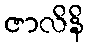
ဇာလိနိ